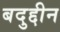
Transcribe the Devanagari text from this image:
बदुद्दीन